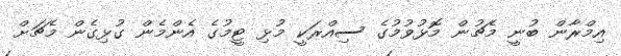
އިމްރާން ބުނީ މެޗުން މޮޅުވުމުގެ ސިއްރަކީ މުޅި ޓީމުގެ އެންމެން ގުޅިގެން މެޗަށް